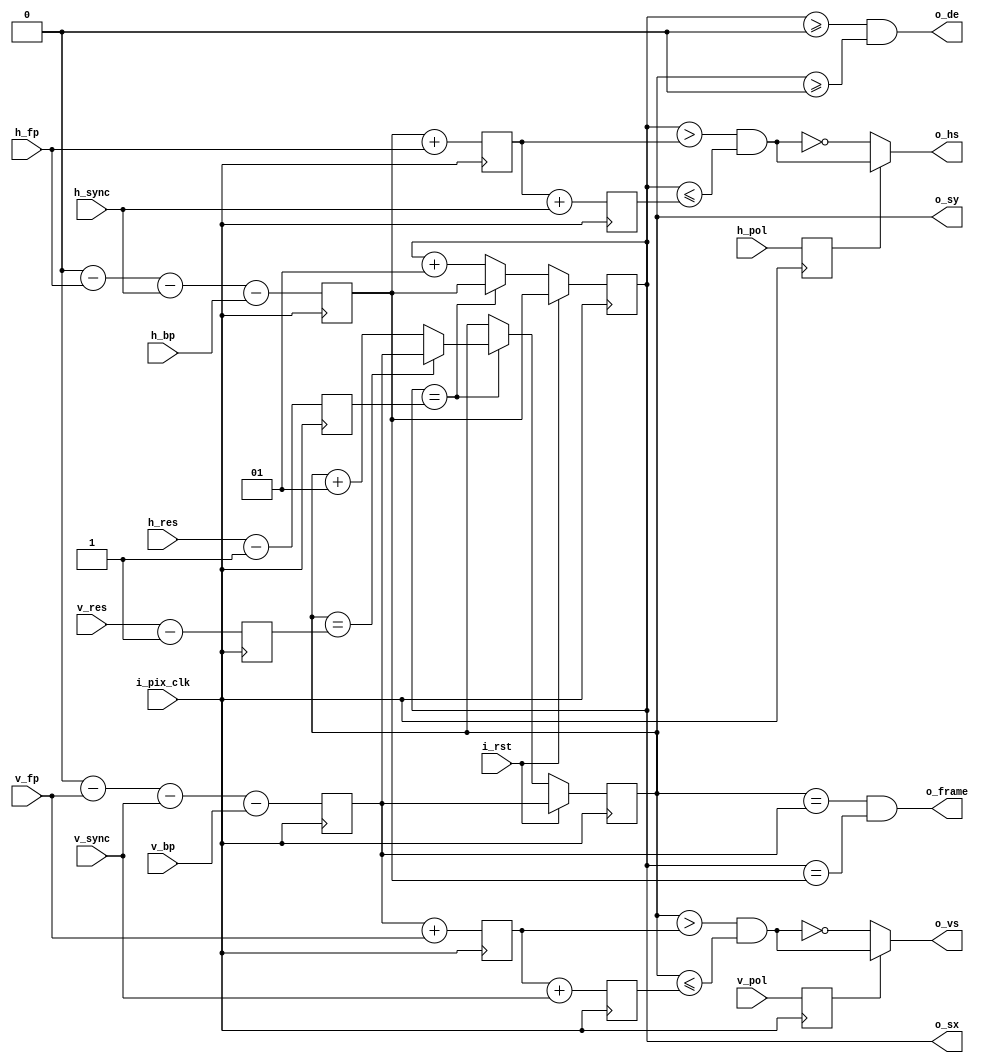
// This program was cloned from: https://github.com/OVGN/OpenIRV
// License: Apache License 2.0

// Project F: Display Timings
// (C)2019 Will Green, Open Source Hardware released under the MIT License
// Learn more at https://projectf.io

/* 
 * ----------------------------------------------------------------------------
 * Original project repository: https://github.com/projf/display_controller
 * Modified for OpenIRV project by Vaagn Oganesyan <ovgn@protonmail.com>
 * ----------------------------------------------------------------------------
 */


`timescale 1ps / 1ps
`default_nettype none


module display_timings_variable
(
    input  wire         [15:0]  h_res,
    input  wire         [15:0]  v_res,
    input  wire         [15:0]  h_fp,
    input  wire         [15:0]  h_sync,
    input  wire         [15:0]  h_bp,
    input  wire         [15:0]  v_fp,
    input  wire         [15:0]  v_sync,
    input  wire         [15:0]  v_bp,
    input  wire                 h_pol,
    input  wire                 v_pol,
    
    input  wire                 i_pix_clk,  // pixel clock
    input  wire                 i_rst,      // reset: restarts frame (active high)
    output wire                 o_hs,       // horizontal sync
    output wire                 o_vs,       // vertical sync
    output wire                 o_de,       // display enable: high during active video
    output wire                 o_frame,    // high for one tick at the start of each frame
    output reg  signed  [15:0]  o_sx,       // horizontal beam position (including blanking)
    output reg  signed  [15:0]  o_sy        // vertical beam position (including blanking)
);
    
    reg signed  [15:0]  h_sta;
    reg signed  [15:0]  hs_sta;
    reg signed  [15:0]  hs_end;
    reg signed  [15:0]  ha_sta;
    reg signed  [15:0]  ha_end;
    reg                 h_pol_reg;
    
    reg signed  [15:0]  v_sta;
    reg signed  [15:0]  vs_sta;
    reg signed  [15:0]  vs_end;
    reg signed  [15:0]  va_sta;
    reg signed  [15:0]  va_end;
    reg                 v_pol_reg;
    
    
    always @(posedge i_pix_clk) begin
        // horizontal: sync, active, and pixels
        h_sta     <= 0 - h_fp - h_sync - h_bp;  // horizontal start
        hs_sta    <= h_sta + h_fp;              // sync start
        hs_end    <= hs_sta + h_sync;           // sync end
        ha_sta    <= 0;                         // active start
        ha_end    <= h_res - 1;                 // active end
        h_pol_reg <= h_pol;                     // horizontal sync polarity (0:neg, 1:pos)
        
        // vertical: sync, active, and pixels
        v_sta     <= 0 - v_fp - v_sync - v_bp;  // vertical start
        vs_sta    <= v_sta + v_fp;              // sync start
        vs_end    <= vs_sta + v_sync;           // sync end
        va_sta    <= 0;                         // active start
        va_end    <= v_res - 1;                 // active end
        v_pol_reg <= v_pol;                     // vertical sync polarity (0:neg, 1:pos)
    end
    

    // generate sync signals with correct polarity
    assign o_hs = h_pol_reg ?  (o_sx > hs_sta && o_sx <= hs_end):
                              ~(o_sx > hs_sta && o_sx <= hs_end);
    
    assign o_vs = v_pol_reg ?  (o_sy > vs_sta && o_sy <= vs_end):
                              ~(o_sy > vs_sta && o_sy <= vs_end);
    
    // display enable: high during active period
    assign o_de = (o_sx >= 0 && o_sy >= 0);

    // o_frame: high for one tick at the start of each frame
    assign o_frame = (o_sy == v_sta && o_sx == h_sta);

    always @(posedge i_pix_clk) begin
        if (i_rst) begin    // reset to start of frame
            o_sx <= h_sta;
            o_sy <= v_sta;
        end else begin
            if (o_sx == ha_end) begin       // end of line
                o_sx <= h_sta;
                if (o_sy == va_end) begin   // end of frame
                    o_sy <= v_sta;
                end else begin
                    o_sy <= o_sy + 16'sh1;
                end
            end else begin
                o_sx <= o_sx + 16'sh1;
            end
        end
    end
    
endmodule

`default_nettype wire